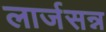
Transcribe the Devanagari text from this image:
लार्जसन्न